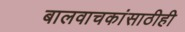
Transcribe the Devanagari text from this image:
बालवाचकांसाठीही